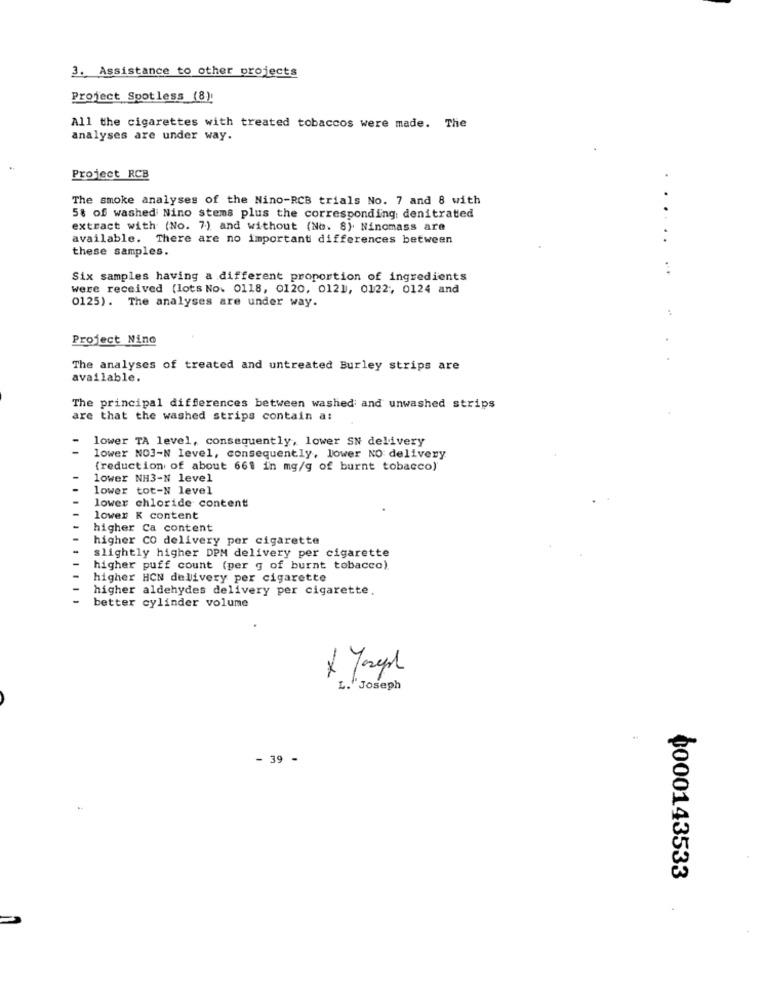
3. Assistance to other projects
Project Spotless (8):
All the cigarettes with treated tobaccos were made. The
analyses are under way.
Project RCB
The smoke analyses of the Nino-RCB trials No. 7 and 8 with
58 of washed Nino stems plus the corresponding denitrated
extract with (No. 7) and without (No. 8). Ninomass are
available. There are no important differences between
these samples.
......
Six samples having a different proportion of ingredients
were received (lots No. 0118, 0120, 012], 0122; 0124 and
0125). The analyses are under way.
Project Nino
..
The analyses of treated and untreated Burley strips are
available.
The principal differences between washed and unwashed strips
are that the washed strips contain a:
lower TA level, consequently, lower SN delivery
lower NO3-N level, consequently, lower NO delivery
(reduction of about 661 in mg/g of burnt tobacco)"
lower NH3-N level
lower tot-N level
lower chloride content
lower K content
higher Ca content
higher CO delivery per cigarette
slightly higher DPM delivery per cigarette
higher puff count (per g of burnt tobacco)
higher HCN delivery per cigarette
higher aldehydes delivery per cigarette.
better cylinder volume
-
L." Joseph
- 39 -
0000143533